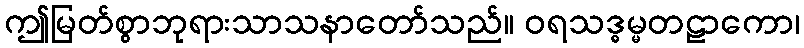
ဤမြတ်စွာဘုရားသာသနာတော်သည်။ ဝရသဒ္ဓမ္မတဠာကော၊